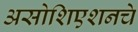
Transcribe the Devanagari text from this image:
असोशिएशनचे